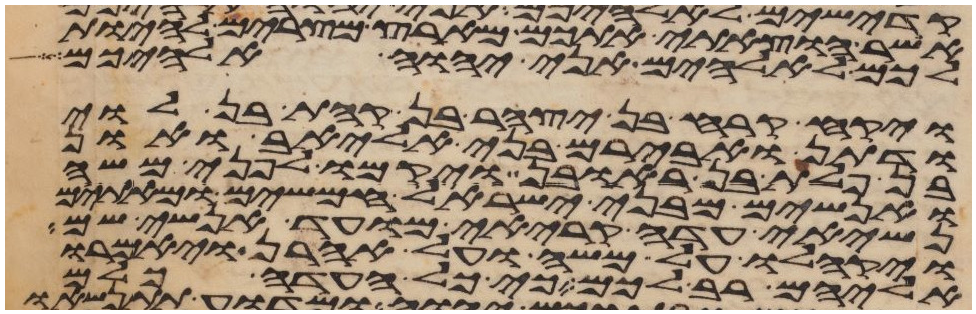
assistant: אשר הוצאתי אתכם מארץ מצרים להיות
לכם לאלהים אני יהוה אלהיכם
ויקח קרח בן יצהר בן קהת בן לוי
ודתן ואבירם בני אליאב ואון
בן פלת בן ראובן ויקמו לפני משה
ואנשים מבני ישראל חמשים ומאתים
נשיאי עדה קריאי מועד אנשי שם
ויקהלו על משה ועל אהרן ויאמרו
אליהם רב לכם כי כל העדה כלם